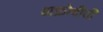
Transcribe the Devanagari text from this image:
अफ्रोदीती